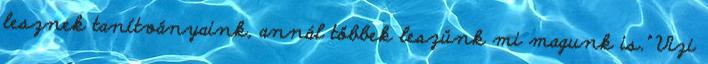
lesznek tanítványaink, annál többek leszünk mi magunk is.” Vizi